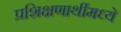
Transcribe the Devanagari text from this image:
प्रशिक्षणार्थीमध्ये